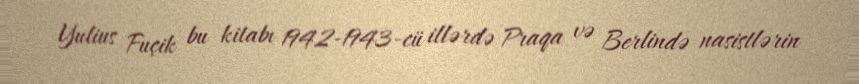
Yulius Fuçik bu kitabı 1942-1943-cü illərdə Praqa və Berlində nasistlərin